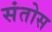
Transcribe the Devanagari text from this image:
संतोस